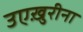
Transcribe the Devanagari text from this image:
उएख़ुरीना